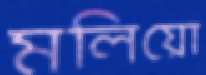
মলিয়ো